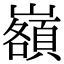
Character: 𡾆